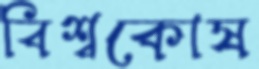
বিশ্বকোষ